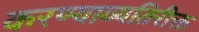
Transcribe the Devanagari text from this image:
करण्याव्यतिरीक्त